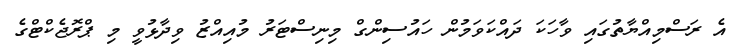
އެ ރަސްމިއްޔާތުގައި ވާހަކަ ދައްކަވަމުން ހައުސިންގް މިނިސްޓަރު މުއިއްޒު ވިދާޅުވީ މި ޕްރޮޖެކްޓްގެ